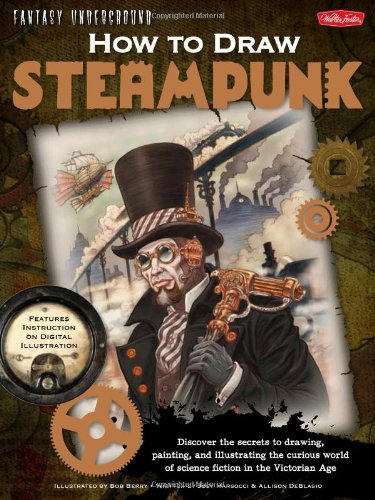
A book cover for How to Draw Steampunk: Discover the secrets to drawing, painting, and illustrating the curious world of science fiction in the Victorian Age (Fantasy Underground); Allison DeBlasio; Science Fiction & Fantasy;